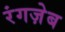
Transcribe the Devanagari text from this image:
रंगज़ेब